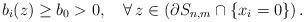
LaTeX: \begin{align*}b_i(z) \geq b_0>0,\quad\forall\, z\in \left(\partial S_{n,m}\cap \{x_i=0\}\right).\end{align*}